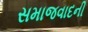
સમાજવાદની